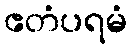
ဧတံပရမံ